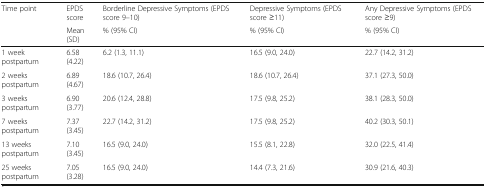
<table><thead><tr><td><b>Time point</b></td><td><b>EPDS score</b></td><td><b>Borderline Depressive Symptoms (EPDS score 9–10)</b></td><td><b>Depressive Symptoms (EPDS score ≥11)</b></td><td><b>Any Depressive Symptoms (EPDS score ≥9)</b></td></tr><tr><td></td><td><b>Mean (SD)</b></td><td><b>% (95% CI)</b></td><td><b>% (95% CI)</b></td><td><b>% (95% CI)</b></td></tr></thead><tbody><tr><td>1 week postpartum</td><td>6.58 (4.22)</td><td>6.2 (1.3, 11.1)</td><td>16.5 (9.0, 24.0)</td><td>22.7 (14.2, 31.2)</td></tr><tr><td>2 weeks postpartum</td><td>6.89 (4.67)</td><td>18.6 (10.7, 26.4)</td><td>18.6 (10.7, 26.4)</td><td>37.1 (27.3, 50.0)</td></tr><tr><td>3 weeks postpartum</td><td>6.90 (3.77)</td><td>20.6 (12.4, 28.8)</td><td>17.5 (9.8, 25.2)</td><td>38.1 (28.3, 50.0)</td></tr><tr><td>7 weeks postpartum</td><td>7.37 (3.45)</td><td>22.7 (14.2, 31.2)</td><td>17.5 (9.8, 25.2)</td><td>40.2 (30.3, 50.1)</td></tr><tr><td>13 weeks postpartum</td><td>7.10 (3.45)</td><td>16.5 (9.0, 24.0)</td><td>15.5 (8.1, 22.8)</td><td>32.0 (22.5, 41.4)</td></tr><tr><td>25 weeks postpartum</td><td>7.05 (3.28)</td><td>16.5 (9.0, 24.0)</td><td>14.4 (7.3, 21.6)</td><td>30.9 (21.6, 40.3)</td></tr></tbody></table>